Report on sanitation, dispensaries, and jails in Rajputana for 1915, and on vaccination for the year 1915-1916 - 1915-1916
Year: 1915
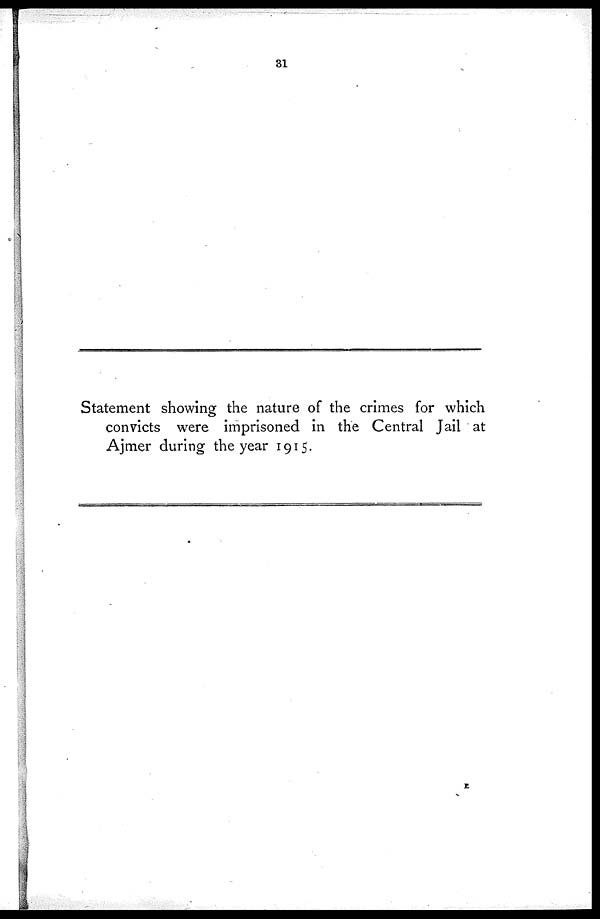
31
Statement showing the nature of the crimes for which
convicts were imprisoned in the Central Jail at
Ajmer during the year 1915.
E